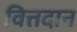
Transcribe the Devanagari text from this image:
वित्तदान